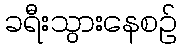
ခရီးသွားနေစဉ်